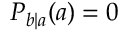
P _ { b | a } ( a ) = 0